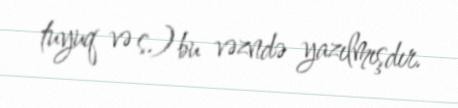
tuyuq və s.) bu vəzndə yazılmışdır.